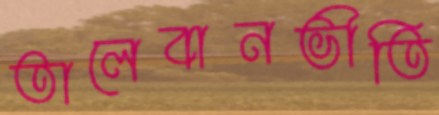
তালেবানভীতি